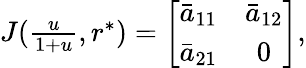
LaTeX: \begin{array}{r}{J(\frac{u}{1+u},r^{*})=\left[{\begin{array}{cc}{\bar{a}_{11}}&{\bar{a}_{12}}\\ {\bar{a}_{21}}&{0}\end{array}}\right],}\end{array}